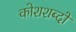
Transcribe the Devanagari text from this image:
कोशशब्दों